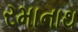
રમાનાથ